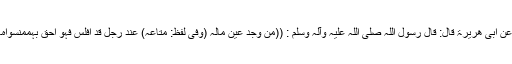
عَنْ أَبِیْ ھُرَیْرَۃَ قَالَ: قَالَ رَسُوْلُ اللّٰہِ ‌صلی ‌اللہ ‌علیہ ‌وآلہ ‌وسلم : ((مَنْ وَجَدَ عَیْنَ مَالِہِ (وَفِیْ لَفْظٍ: مَتَاعِہِ) عِنْدَ رَجُلٍ قَدْ أَفْلَسَ فَہُوَ أَحَقُّ بِہٖمِمَّنْسِوَاہُ۔